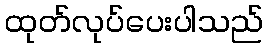
ထုတ်လုပ်ပေးပါသည်